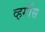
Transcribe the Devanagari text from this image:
व्हर्गीस